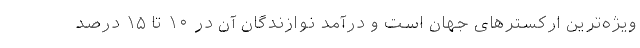
ویژه‌ترین ارکسترهای جهان است و درآمد نوازندگان آن در ۱۰ تا ۱۵ درصد